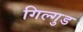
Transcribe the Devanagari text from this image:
गिल्गुड